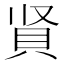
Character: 䝨